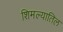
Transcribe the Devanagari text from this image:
शिमल्यातिल